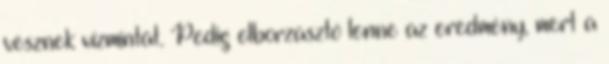
vesznek vízmintát. Pedig elborzasztó lenne az eredmény, mert a